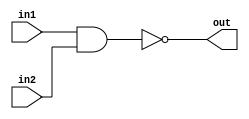
module bitwise_nand
#(
	parameter WIDTH = 32
)

(
input [WIDTH-1:0] in1,
input [WIDTH-1:0] in2,
output reg [WIDTH-1:0] out
);

always@*
begin
	out = ~(in1 & in2);
end

endmodule